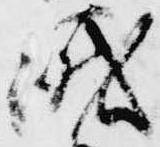
峨